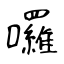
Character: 囉